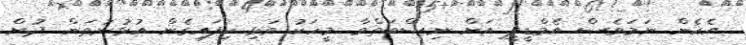
އެހެން ނަމަވެސް އެމްޑީޕީ އަށް ނިސްބަތްވާ މީހަކު ވަޅި ހިފައިގެން އުޅުނުތަން ދުށް